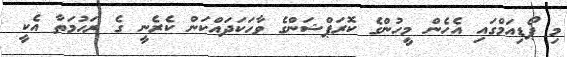
މި ޕޯޑިއަމްގައި އެހެން މީހުންގެ ކޮރަޕްޝަންގެ ވާހަކަދައްކަން ކެރެނީ ގެ ރަހުމަތާ އެކީ